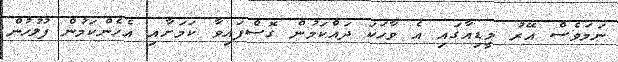
ނަމަވެސް އޭރު މީޑިއާގައި އެ ވާހަކަ ދައްކަމުން ގޮސްފައިވާ ކަމަށާއި އެހެންކަމުން ފުލުހުން